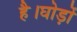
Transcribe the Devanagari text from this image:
है।घोड़ों